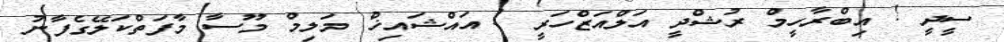
ސީދީ ! އިބްރާހީމް ރުޝްދީ އަލްއަޒްހަރީ ! އައްޝައިޚް މަލިމް މޫސާ މާފަތްކަލޭގެފާނު